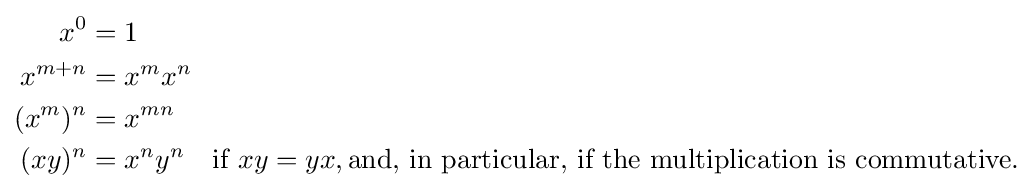
{\begin{aligned}x^{0}&=1\\x^{m+n}&=x^{m}x^{n}\\(x^{m})^{n}&=x^{mn}\\(xy)^{n}&=x^{n}y^{n}\quad {\text{if }}xy=yx,{\text{and, in particular, if the multiplication is commutative.}}\end{aligned}}